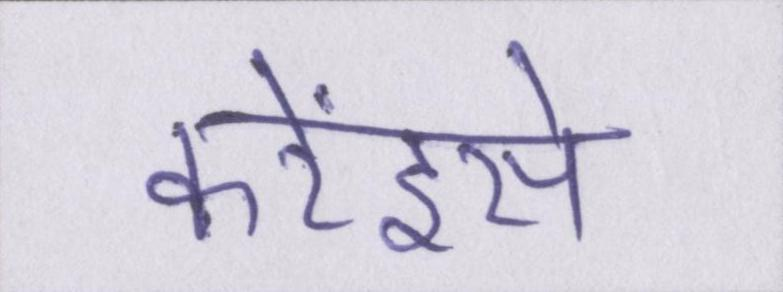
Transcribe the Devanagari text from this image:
करेंइसे